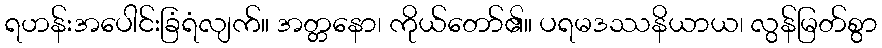
ရဟန်းအပေါင်းခြံရံလျက်။ အတ္တနော၊ ကိုယ်တော်၏။ ပရမဒဿနိယာယ၊ လွန်မြတ်စွာ